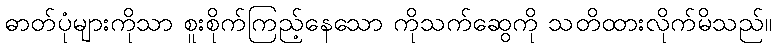
ဓာတ်ပုံများကိုသာ စူးစိုက်ကြည့်နေသော ကိုသက်ဆွေကို သတိထားလိုက်မိသည်။